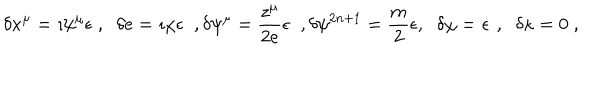
\delta x ^ { \mu } = \imath \psi ^ { \mu } \epsilon \; , \; \; \delta e = \imath \chi \epsilon \; \; , \delta \psi ^ { \mu } = \frac { z ^ { \mu } } { 2 e } \epsilon \; \; , \delta \psi ^ { 2 n + 1 } = \frac { m } { 2 } \epsilon , \; \; \delta \chi = \dot { \epsilon } \; , \; \; \delta \kappa = 0 \; ,